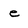
Character: e